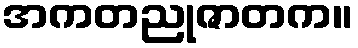
အကတညုဇာတက။